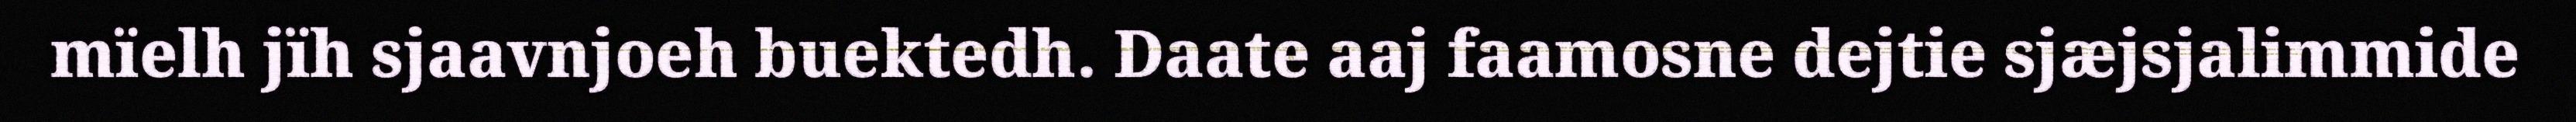
mïelh jïh sjaavnjoeh buektedh. Daate aaj faamosne dejtie sjæjsjalimmide